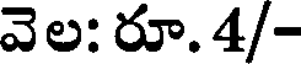
వెల: రూ. 4/-